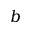
b